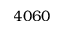
4 0 6 0